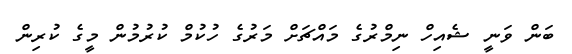
ބަން ވަނީ ޝެއިހް ނިމްރުގެ މައްޗަށް މަރުގެ ހުކުމް ކުރުމުން މީގެ ކުރިން